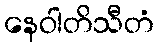
နေဝါတိသီတံ